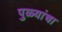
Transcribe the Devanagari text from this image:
पुळ्यांचा